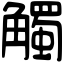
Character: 觸